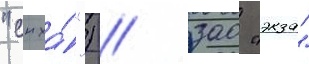
"снха́") / зао "экза"